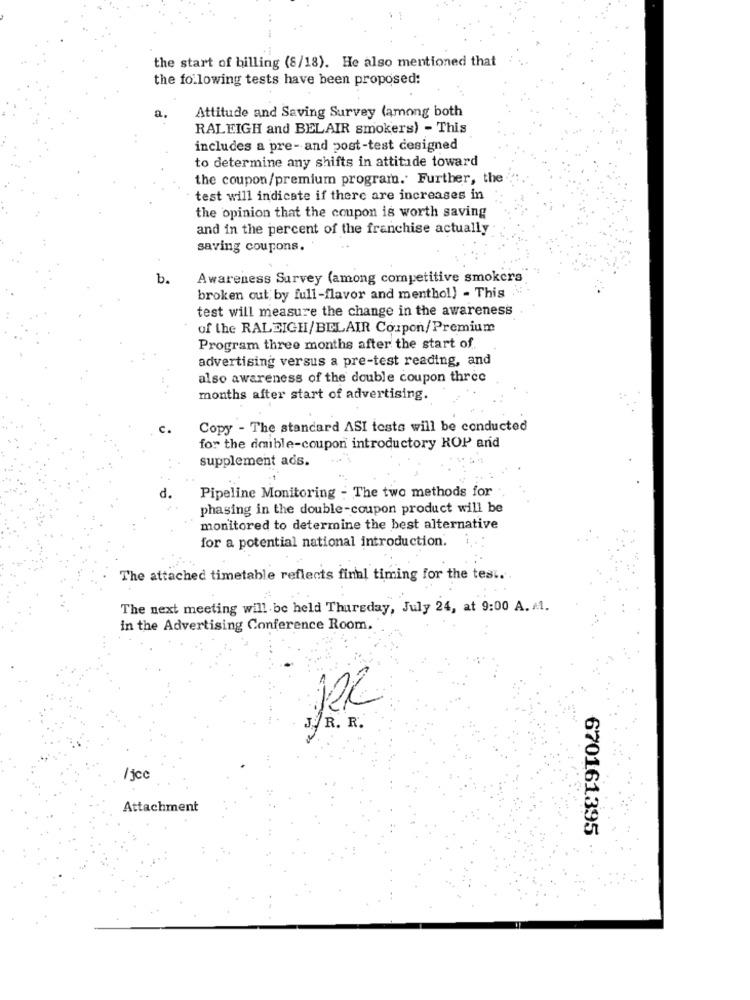
the start of billing (8/18). He also mentioned that
the following tests have been proposed:
a.
Attitude and Saving Survey (among both
RALEIGH and BELAIR smokers) - This
includes a pre- and post-test designed
to determine any shifts in attitude toward
the coupon/premium program. Further, the
test will indicate if there are increases in
the opinion that the coupon is worth saving
and in the percent of the franchise actually
saving coupons.
b.
Awareness Survey (among competitive smokers
broken out by full-flavor and menthol) - This
test will measure the change in the awareness
of the RALEIGH/BELAIR Coupon/Premium
Program three months after the start of
advertising versus a pre-test reading, and
also awareness of the double coupon three
months after start of advertising.
c.
Copy - The standard ASI tests will be conducted
for the daible-coupon introductory ROP and
supplement ads.
d.
Pipeline Monitoring - The two methods for
phasing in the double-coupon product will be
monitored to determine the best alternative
for a potential national introduction.
The attached timetable reflects final timing for the test ..
The next meeting will be held Thursday, July 24, at 9:00 A. 1.
in the Advertising Conference Room.
R. R.
/jcc
Attachment
670161395